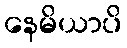
နေမိယာပိ